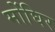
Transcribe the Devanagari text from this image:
मोंघिर